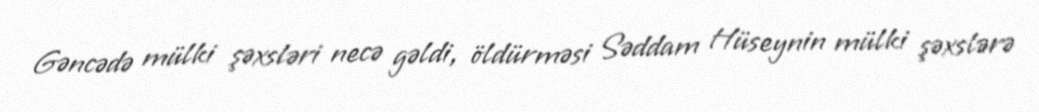
Gəncədə mülki şəxsləri necə gəldi, öldürməsi Səddam Hüseynin mülki şəxslərə